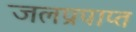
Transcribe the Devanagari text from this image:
जलप्रपाप्त